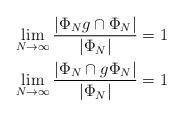
LaTeX: \begin{align*}\lim_{N \to \infty} \dfrac{|\Phi_N g \cap \Phi_N|}{|\Phi_N|}=1\\\lim_{N \to \infty} \dfrac{|\Phi_N \cap g \Phi_N|}{|\Phi_N|}=1\end{align*}